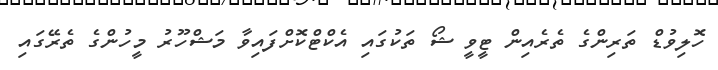
ހޮލިވުޑް ތަރިންގެ ތެރެއިން ޓީވީ ޝޯ ތަކުގައި އެކްޓްކޮށްފައިވާ މަޝްހޫރު މީހުންގެ ތެރޭގައި